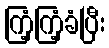
ကြံ့ကြံ့ခံပြီး